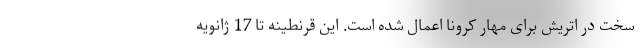
سخت در اتریش برای مهار کرونا اعمال شده است. این قرنطینه تا 17 ژانویه